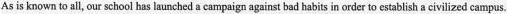
As is known to all，our school has launched a campaign against bad habits in order to establish a civilized campus.